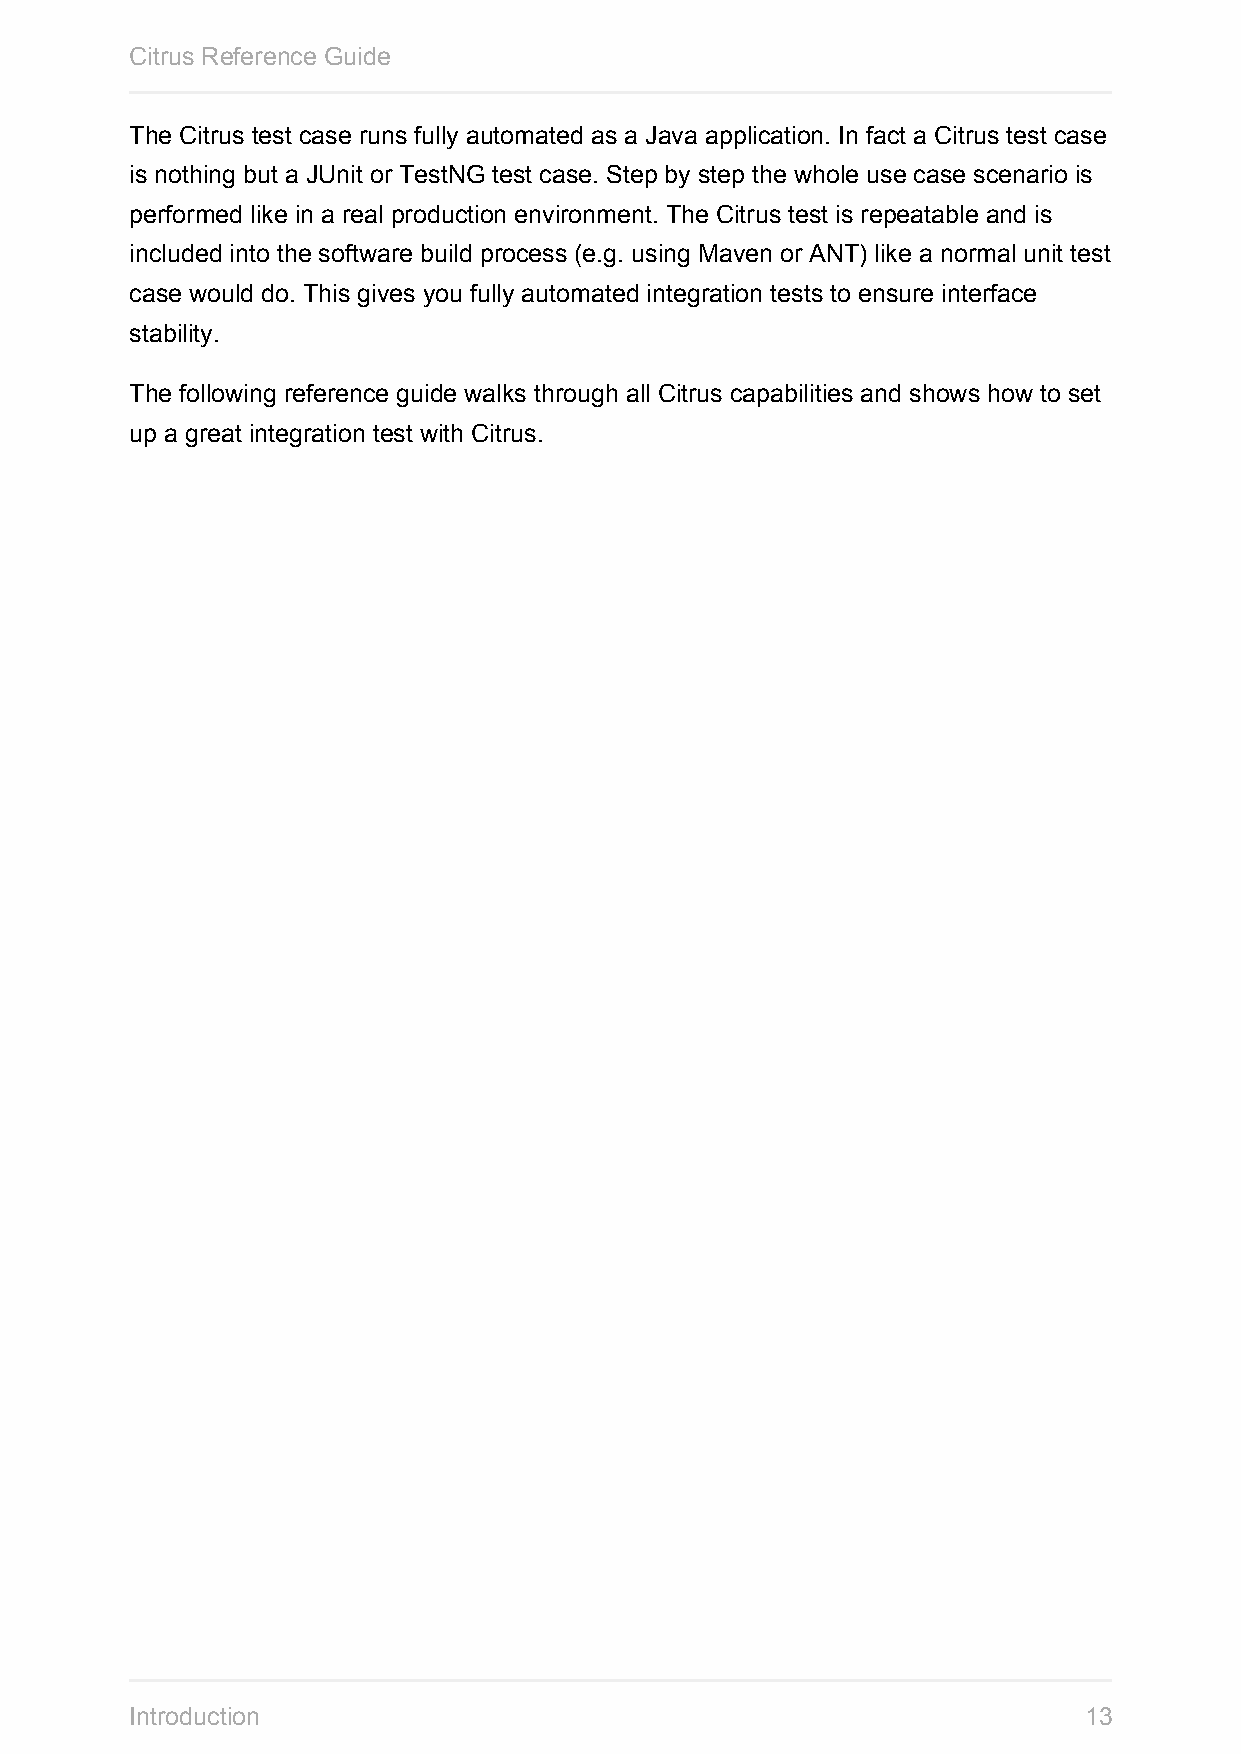
Citrus Reference Guide
 The Citrus test case runs fully automated as a Java application. In fact a Citrus test case
 is nothing but a JUnit or TestNG test case. Step by step the whole use case scenario is
 performed like in a real production environment. The Citrus test is repeatable and is
 included into the software build process (e.g. using Maven or ANT) like a normal unit test
 case would do. This gives you fully automated integration tests to ensure interface
 stability.
 The following reference guide walks through all Citrus capabilities and shows how to set
 up a great integration test with Citrus.
 Introduction                                                   13